Lunatic asylums in Bengal annual reports 1888-1898 - 1888-1898
Year: 1888
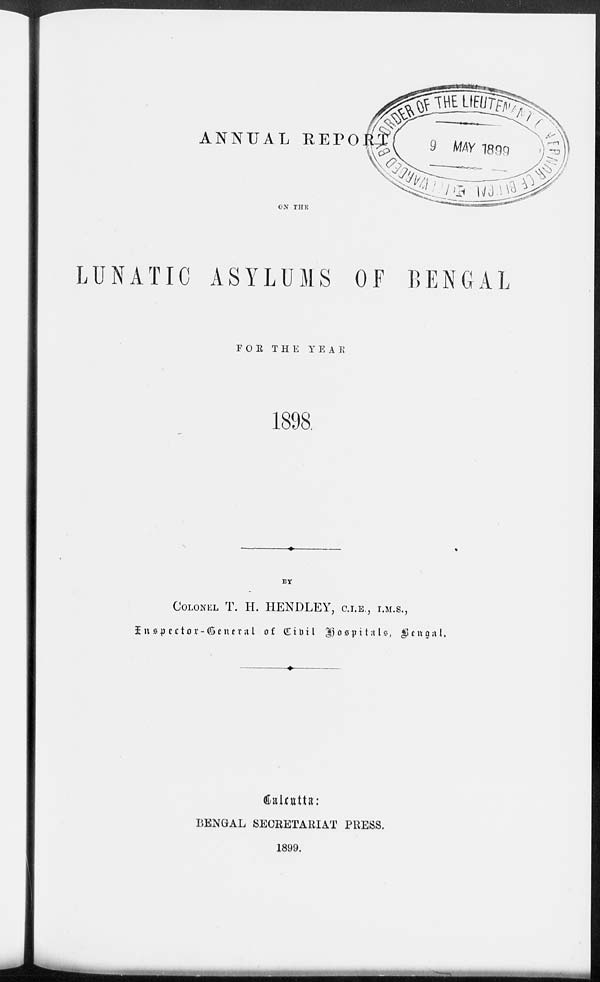
ANNUAL REPORT
ON THE
LUNATIC ASYLUMS OF BENGAL
FOR THE YEAR
1898.
BY
COLONEL T. H. HENDLEY, C.I.E., I.M.S.,
Inspector- General
of Civil Hospitals, Bengal.
Calcutta:
BENGAL SECRETARIAT PRESS.
1899.